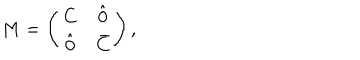
M = \left( \begin{array} { c c } { { C } } & { { \hat { 0 } } } \\ { { \hat { 0 } } } & { { \bar { C } } } \\ \end{array} \right) ,